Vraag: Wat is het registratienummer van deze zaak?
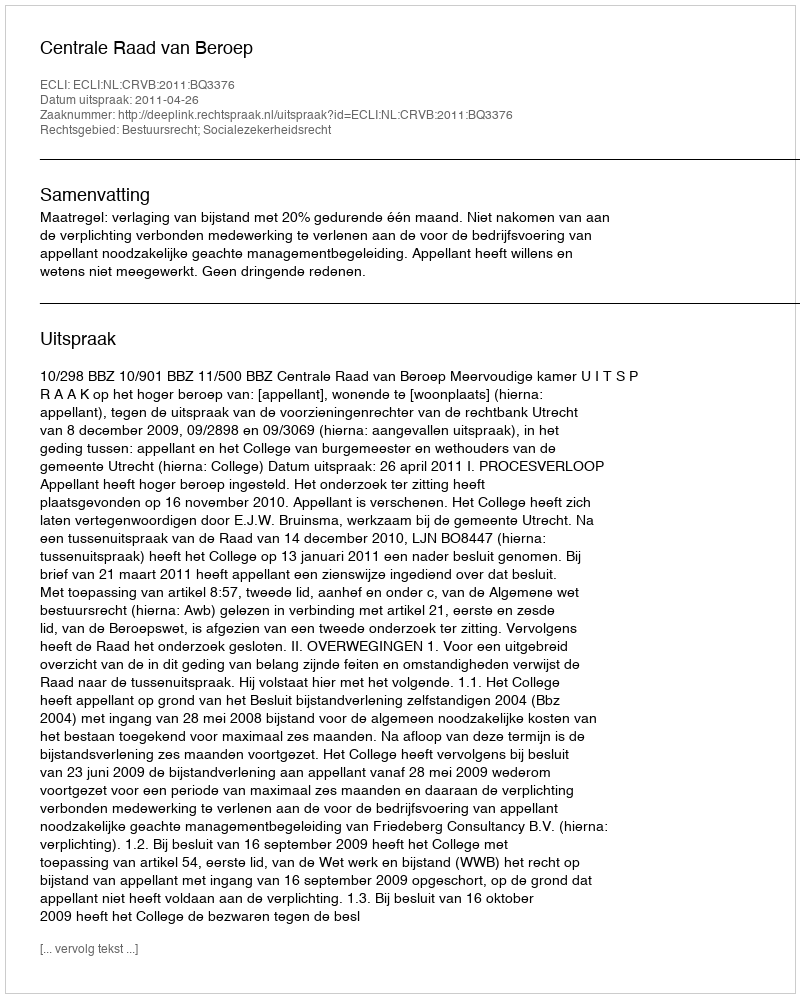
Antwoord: http://deeplink.rechtspraak.nl/uitspraak?id=ECLI:NL:CRVB:2011:BQ3376